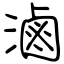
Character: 滷